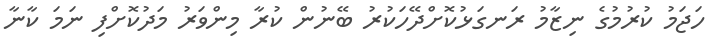
ހަޖަމު ކުރުމުގެ ނިޒާމު ރަނގަޅުކޮށްދޭހަކުރު ބޭނުން ކުރާ މިންވަރު މަދުކޮށްފި ނަމަ ކާނާ